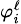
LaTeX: \scriptstyle{\varphi_{i}^{\ell}}